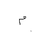
Letter: _mim